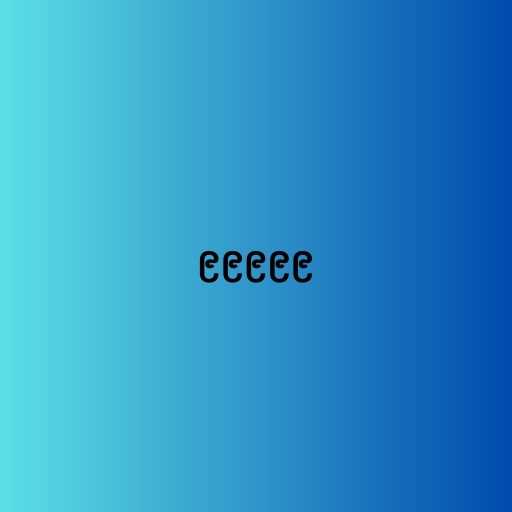
၉၉၉၉၉